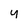
Character: 4